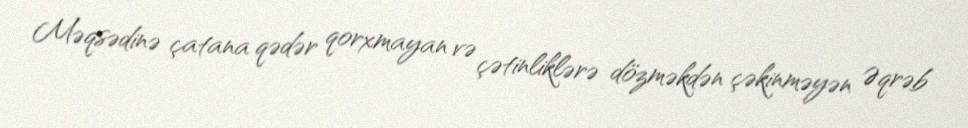
Məqsədinə çatana qədər qorxmayan və çətinliklərə dözməkdən çəkinməyən Əqrəb